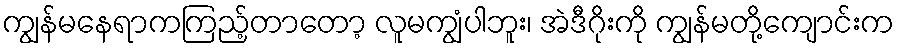
ကျွန်မနေရာကကြည့်တာတော့ လူမကျွံပါဘူး၊ အဲဒီဂိုးကို ကျွန်မတို့ကျောင်းက